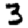
Digit: 3